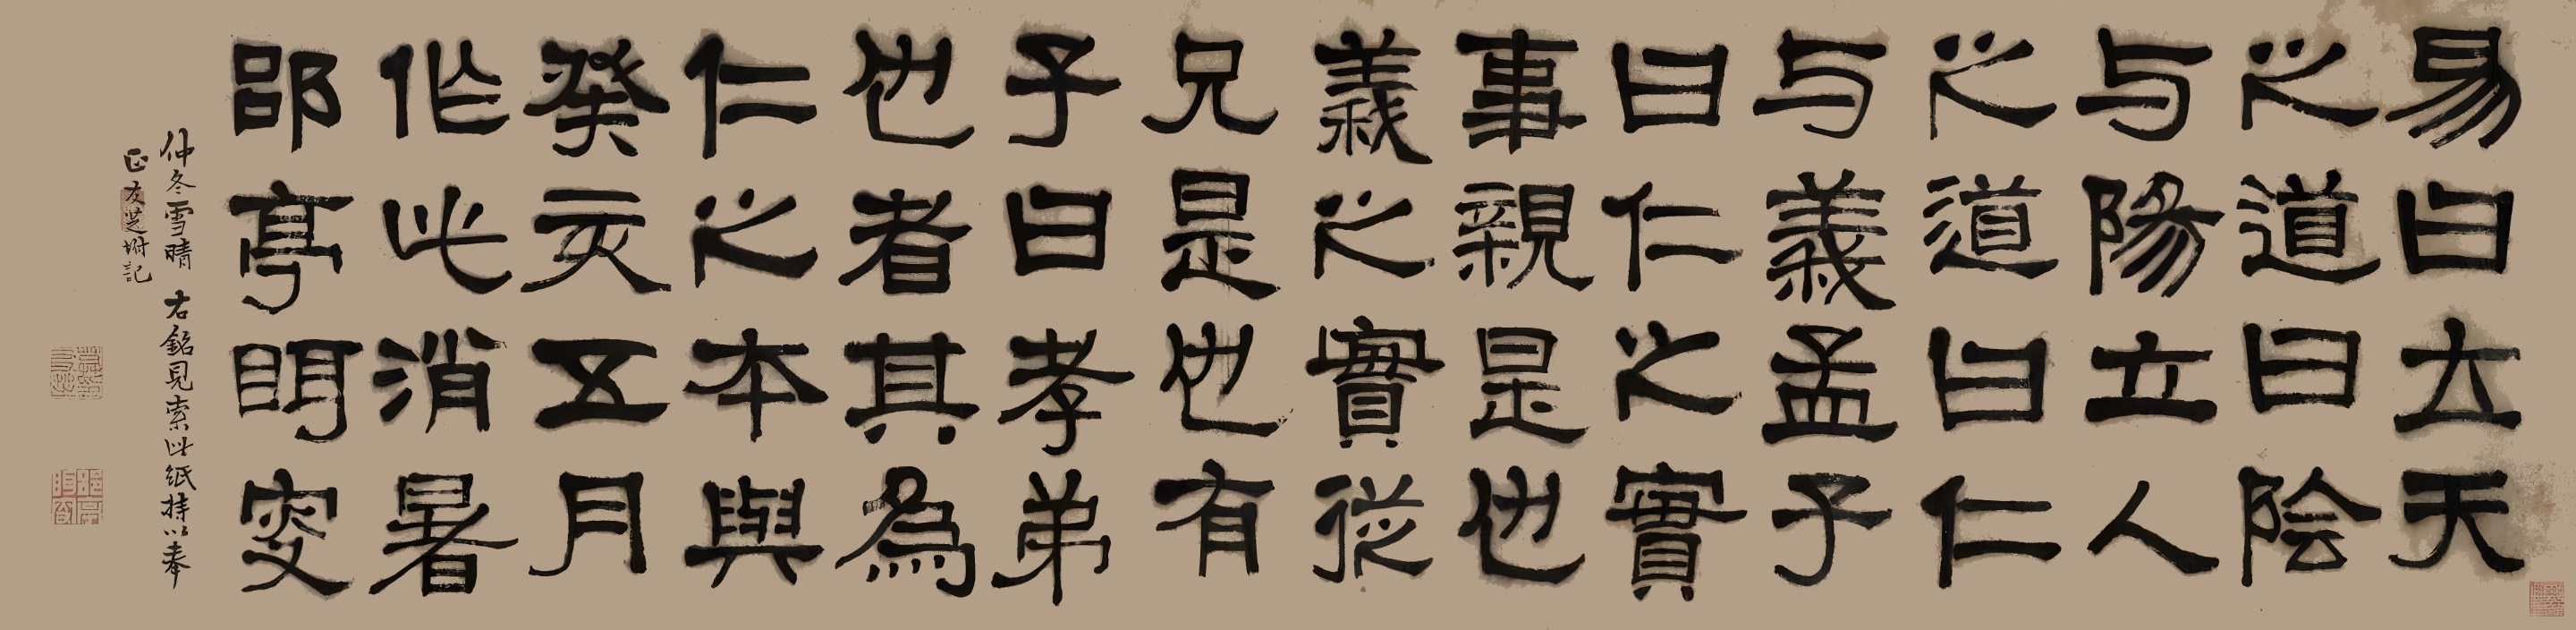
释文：易曰：立天之道曰阴与阳，立人之道曰仁与义。孟子曰：仁之实事亲是也，义之实从兄是也。有子曰：孝弟也者其为仁之本与。癸亥五月作此消暑。郘亭眲叟。仲冬雪晴，右铭见索此纸，持以奉正。友芝附记。